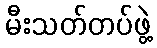
မီးသတ်တပ်ဖွဲ့